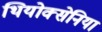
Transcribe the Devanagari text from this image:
थियोक्सेनिया